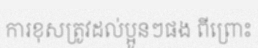
ការខុសត្រូវដល់ប្អូនៗផង ពីព្រោះ